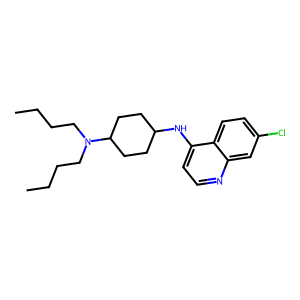
SMILES: CCCCN(CCCC)C1CCC(Nc2ccnc3cc(Cl)ccc23)CC1
Inhibits HIV replication: No